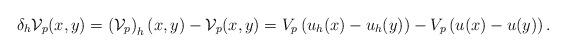
LaTeX: \begin{align*}\delta_h \mathcal{V}_p(x,y)&=\left(\mathcal{V}_p\right)_h(x,y)-\mathcal{V}_p(x,y)=V_p\left(u_h(x)-u_h(y)\right)-V_p\left(u(x)-u(y)\right).\end{align*}